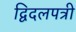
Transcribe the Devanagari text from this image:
द्विदलपत्री